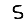
Digit: 5